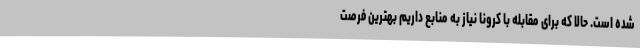
شده است. حالا که برای مقابله با کرونا نیاز به منابع داریم بهترین فرصت